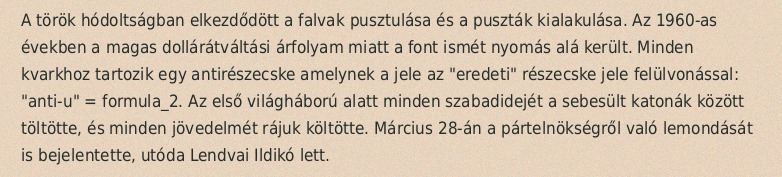
A török hódoltságban elkezdődött a falvak pusztulása és a puszták kialakulása. Az 1960-as években a magas dollárátváltási árfolyam miatt a font ismét nyomás alá került. Minden kvarkhoz tartozik egy antirészecske amelynek a jele az "eredeti" részecske jele felülvonással: "anti-u" = formula_2. Az első világháború alatt minden szabadidejét a sebesült katonák között töltötte, és minden jövedelmét rájuk költötte. Március 28-án a pártelnökségről való lemondását is bejelentette, utóda Lendvai Ildikó lett.